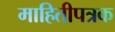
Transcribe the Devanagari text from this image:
माहितीपत्रक